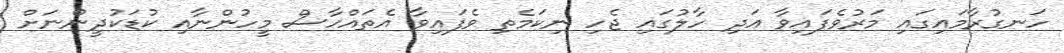
ހަނގުރާމައިގައި މަރުވެފައިވާ އަދި ހާލުގައި ޖެހި ނިކަމެތި ވެފައިވާ އެތައްހާސް މީހުންނާއި ކުޑަކުދީންނަށް